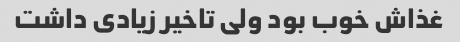
غذاش خوب بود ولی تاخیر زیادی داشت